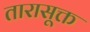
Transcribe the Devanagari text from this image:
तारासूक्त